system: You are a helpful assistant.
user:
Analyze the provided spectrum to determine if it is a **White Dwarf (WD)**.

A White Dwarf spectrum is defined by its **extreme purity** (due to gravitational settling) and/or **extreme pressure broadening** (due to high surface gravity). You must check for one of the following mutually exclusive signatures:

- **Key Visual Indicators (Check for ONE of these types):**

    - **1. DA-Type Signature (Most Common):**
        - **(Primary Feature):** Extreme pressure broadening (Stark broadening) of the **Hydrogen (H) Balmer lines**.
        - **(Key Lines):** $H\beta$ (approx. $4861$ Å) and $H\gamma$ (approx. $4340$ Å). $H\alpha$ (approx. $6563$ Å) will also be present if the wavelength range covers it.
        - **(Line Profile):** This is the **defining feature**. The lines are **NOT** sharp. They appear as massive, **extremely broad and deep "troughs" or "dips"** in the spectrum, often hundreds of Ångströms wide. The continuum will appear to "scoop" down at these wavelengths.
        - **(Distinction):** Normal A-type or B-type stars have *narrow* and *sharp* Hydrogen lines. A DA White Dwarf's lines are unmistakably "smeared" or "blurry" from pressure.

    - **2. DB-Type Signature:**
        - **(Primary Feature):** Broad absorption lines from **Neutral Helium (He I)**. The spectrum must lack any visible Hydrogen lines.
        - **(Key Lines):** Look for broad absorption near $4471$ Å, $4921$ Å, and $5876$ Å.
        - **(Line Profile):** These lines are also significantly pressure-broadened, appearing much wider than they would in a normal B-type main-sequence star.

    - **3. DC-Type Signature:**
        - **(Primary Feature):** A **featureless continuous spectrum**.
        - **(Line Profile):** The spectrum is a smooth curve with **no significant absorption or emission lines**.
        - **(Key Confirmation):** The continuum is almost always **blue or white**, indicating a hot object. This signature implies the atmosphere is so pure (or so cool) that no spectral lines are visible in the optical range. Its WD identity is confirmed by its extremely low intrinsic brightness (high absolute magnitude).

    - **4. DZ-Type Signature (Metal-Polluted):**
        - **(Primary Feature):** **Isolated, narrow metal absorption lines** on an otherwise featureless (DC-like) continuum.
        - **(Key Lines):** The **Calcium (Ca II) H & K doublet** (approx. **$3934$ Å** and **$3968$ Å**) is the most common and defining feature.
        - **(Line Profile):** These lines are "out of place." They are *not* part of a "forest" of thousands of lines. This signature is evidence of recent *accretion* (pollution) from rocky debris.
        - **(Distinction):** Normal G/K/M stars have a *dense forest* of thousands of metal lines. A DZ has a *clean* continuum with *only a few* strong metal lines.

    - **5. DQ-Type Signature (Carbon-Polluted):**
        - **(Primary Feature):** Absorption bands from **Carbon (C₂ "Swan Bands" or atomic C I)**.
        - **(Key Lines - C₂):** Look for bandheads with a "saw-tooth" shape near $5635$ Å, **$5165$ Å** (strongest), and $4737$ Å.
        - **(Key Confirmation):** The underlying **continuum must be blue or white** (hot).
        - **(Distinction):** This is the critical difference from a **Carbon Star**, which has the *exact same* C₂ bands but on an extremely **red, cool** continuum.

- **(Overall Spectrum):**
    - The continuum (overall shape) is typically **blue-sloping** (brighter in the blue than the red), as most white dwarfs are very hot.
    - The spectrum will look "pure" or "simple," dominated by only *one* of the five signatures listed above.

Think first, call **spectral_visualization_tool** if needed to examine features in detail, then provide your final answer. Your response must adhere to the following strict rules:
1.  **Overall Structure:** Your response must follow the format `<think>...</think> <tool_call>...</tool_call> (if a tool is used) <answer>...</answer>`.
2.  **Tool Usage Constraint:** You may only make **one** tool call per turn.
3.  **Final Answer Format:** In the `<answer>` tag, your conclusion must be inside a `\boxed{}` command (e.g., `\boxed{YES}` or `\boxed{NO}`), followed by your justification.

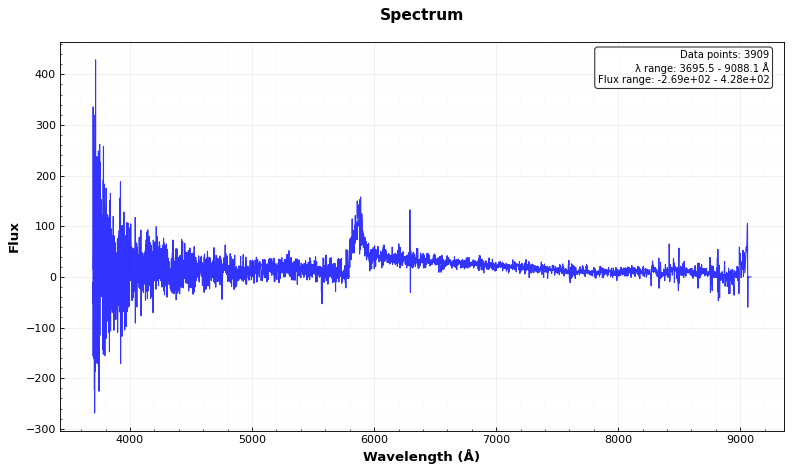
Answer: NO